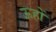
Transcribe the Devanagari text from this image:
ऊहों